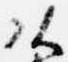
頭